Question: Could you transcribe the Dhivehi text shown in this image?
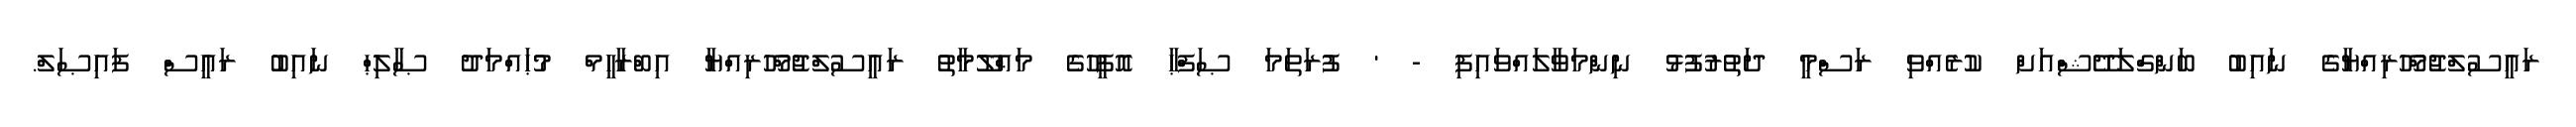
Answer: ރައީސުލްޖުމްހޫރިއްޔާގެ ނައިބު ބަންގްލަދޭޝްއަށް ކުރެއްވި ރަސްމީ ދަތުރުފުޅު ނިންމަވާލައްވައިފި - ' ފުރަތަމަ ޞަފްޙާ އޮފީހުގެ މަޢްލޫމާތު ރައީސުލްޖުމްހޫރިއްޔާ އިބްރާހީމް މުޙައްމަދު ޞާލިޙް ނައިބު ރައީސް ފައިޞަލް.